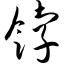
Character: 饽